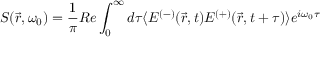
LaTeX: S ( { \vec { r } } , \omega _ { 0 } ) = { \frac { 1 } { \pi } } R e \int _ { 0 } ^ { \infty } d \tau \langle E ^ { ( - ) } ( { \vec { r } } , t ) E ^ { ( + ) } ( { \vec { r } } , t + \tau ) \rangle e ^ { i \omega _ { 0 } \tau }